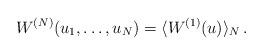
LaTeX: \begin{align*}W^{(N)}(u_1,\dots,u_N)= \langle W^{(1)}(u) \rangle_N\, .\end{align*}